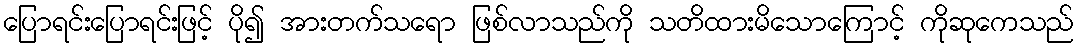
ပြောရင်းပြောရင်းဖြင့် ပို၍ အားတက်သရော ဖြစ်လာသည်ကို သတိထားမိသောကြောင့် ကိုဆုကေသည်